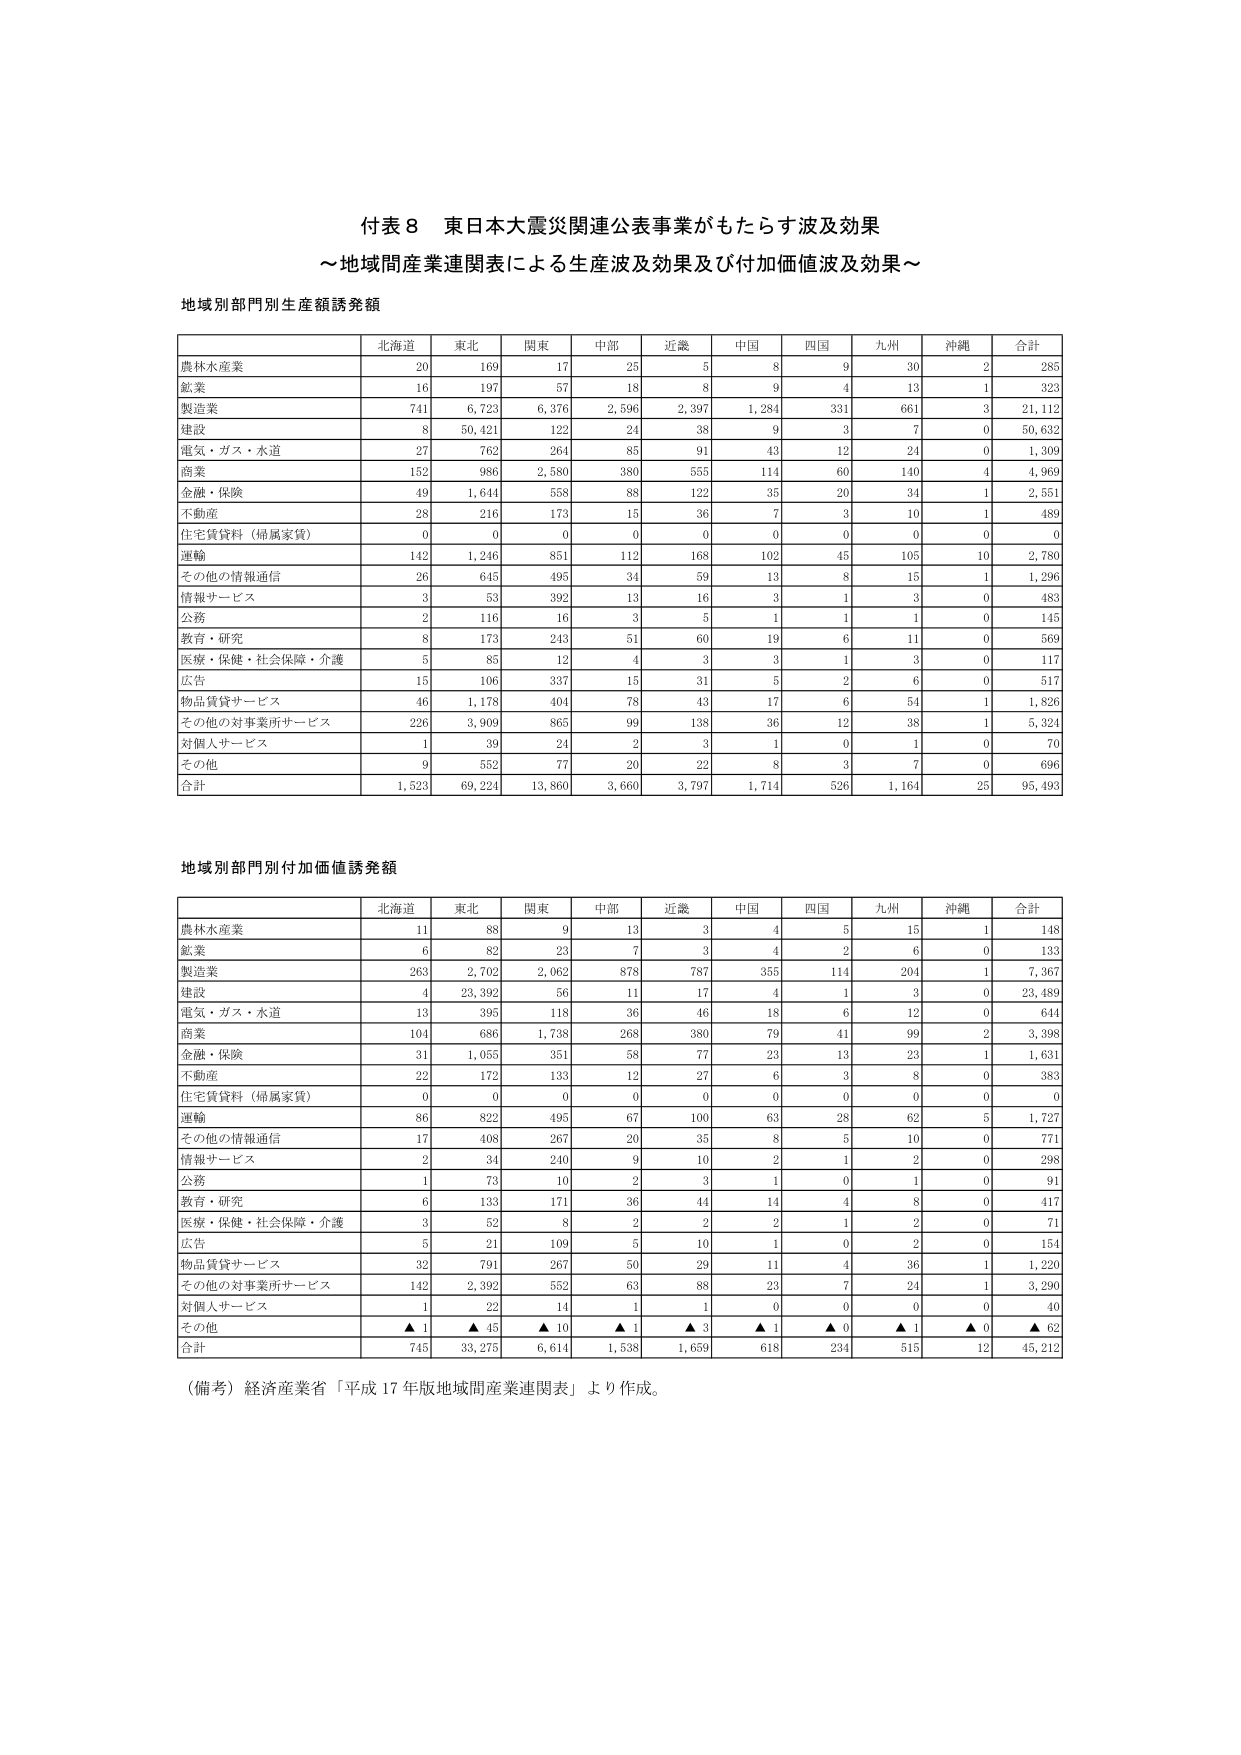
付表８ 東日本大震災関連公表事業がもたらす波及効果
～地域間産業連関表による生産波及効果及び付加価値波及効果～

地域別部門別生産額誘発額

| | 北海道 | 東北 | 関東 | 中部 | 近畿 | 中国 | 四国 | 九州 | 沖縄 | 合計 |
|---|---|---|---|---|---|---|---|---|---|---|
| 農林水産業 | 20 | 169 | 17 | 25 | 5 | 8 | 9 | 30 | 2 | 285 |
| 鉱業 | 16 | 197 | 57 | 18 | 8 | 9 | 4 | 13 | 1 | 323 |
| 製造業 | 741 | 6,723 | 6,376 | 2,596 | 2,397 | 1,284 | 331 | 661 | 3 | 21,112 |
| 建設 | 8 | 50,421 | 122 | 24 | 38 | 9 | 3 | 7 | 0 | 50,632 |
| 電気・ガス・水道 | 27 | 762 | 264 | 85 | 91 | 43 | 12 | 24 | 0 | 1,309 |
| 商業 | 152 | 986 | 2,580 | 380 | 555 | 114 | 60 | 140 | 4 | 4,969 |
| 金融・保険 | 49 | 1,644 | 558 | 88 | 122 | 35 | 20 | 34 | 1 | 2,551 |
| 不動産 | 28 | 216 | 173 | 15 | 36 | 7 | 3 | 10 | 1 | 489 |
| 住宅賃貸料（帰属家賃） | 0 | 0 | 0 | 0 | 0 | 0 | 0 | 0 | 0 | 0 |
| 運輸 | 142 | 1,246 | 851 | 112 | 168 | 102 | 45 | 105 | 10 | 2,780 |
| その他の情報通信 | 26 | 645 | 495 | 34 | 59 | 13 | 8 | 15 | 1 | 1,296 |
| 情報サービス | 3 | 53 | 392 | 13 | 16 | 3 | 1 | 3 | 0 | 483 |
| 公務 | 2 | 116 | 16 | 3 | 5 | 1 | 1 | 1 | 0 | 145 |
| 教育・研究 | 8 | 173 | 243 | 51 | 60 | 19 | 6 | 11 | 0 | 569 |
| 医療・保健・社会保障・介護 | 5 | 85 | 12 | 4 | 3 | 3 | 1 | 3 | 0 | 117 |
| 広告 | 15 | 106 | 337 | 15 | 31 | 5 | 2 | 6 | 0 | 517 |
| 物品賃貸サービス | 46 | 1,178 | 404 | 78 | 43 | 17 | 6 | 54 | 1 | 1,826 |
| その他の対事業所サービス | 226 | 3,909 | 865 | 99 | 138 | 36 | 12 | 38 | 1 | 5,324 |
| 対個人サービス | 1 | 39 | 24 | 2 | 3 | 1 | 0 | 1 | 0 | 70 |
| その他 | 9 | 552 | 77 | 20 | 22 | 8 | 3 | 7 | 0 | 696 |
| 合計 | 1,523 | 69,224 | 13,860 | 3,660 | 3,797 | 1,714 | 526 | 1,164 | 25 | 95,493 |

地域別部門別付加価値誘発額

| | 北海道 | 東北 | 関東 | 中部 | 近畿 | 中国 | 四国 | 九州 | 沖縄 | 合計 |
|---|---|---|---|---|---|---|---|---|---|---|
| 農林水産業 | 11 | 88 | 9 | 13 | 3 | 4 | 5 | 15 | 1 | 148 |
| 鉱業 | 6 | 82 | 23 | 7 | 3 | 4 | 2 | 6 | 0 | 133 |
| 製造業 | 263 | 2,702 | 2,062 | 878 | 787 | 355 | 114 | 204 | 1 | 7,367 |
| 建設 | 4 | 23,392 | 56 | 11 | 17 | 4 | 1 | 3 | 0 | 23,489 |
| 電気・ガス・水道 | 13 | 395 | 118 | 36 | 46 | 18 | 6 | 12 | 0 | 644 |
| 商業 | 104 | 686 | 1,738 | 268 | 380 | 79 | 41 | 99 | 2 | 3,398 |
| 金融・保険 | 31 | 1,055 | 351 | 58 | 77 | 23 | 13 | 23 | 1 | 1,631 |
| 不動産 | 22 | 172 | 133 | 12 | 27 | 6 | 3 | 8 | 0 | 383 |
| 住宅賃貸料（帰属家賃） | 0 | 0 | 0 | 0 | 0 | 0 | 0 | 0 | 0 | 0 |
| 運輸 | 86 | 822 | 495 | 67 | 100 | 63 | 28 | 62 | 5 | 1,727 |
| その他の情報通信 | 17 | 408 | 267 | 20 | 35 | 8 | 5 | 10 | 0 | 771 |
| 情報サービス | 2 | 34 | 240 | 9 | 10 | 2 | 1 | 2 | 0 | 298 |
| 公務 | 1 | 73 | 10 | 2 | 3 | 1 | 0 | 1 | 0 | 91 |
| 教育・研究 | 6 | 133 | 171 | 36 | 44 | 14 | 4 | 8 | 0 | 417 |
| 医療・保健・社会保障・介護 | 3 | 52 | 8 | 2 | 2 | 2 | 1 | 2 | 0 | 71 |
| 広告 | 5 | 21 | 109 | 5 | 10 | 1 | 0 | 2 | 0 | 154 |
| 物品賃貸サービス | 32 | 791 | 267 | 50 | 29 | 11 | 4 | 36 | 1 | 1,220 |
| その他の対事業所サービス | 142 | 2,392 | 552 | 63 | 88 | 23 | 7 | 24 | 1 | 3,290 |
| 対個人サービス | 1 | 22 | 14 | 1 | 1 | 0 | 0 | 0 | 0 | 40 |
| その他 | ▲1 | ▲45 | ▲10 | ▲1 | ▲3 | ▲1 | ▲0 | ▲1 | ▲0 | ▲62 |
| 合計 | 745 | 33,275 | 6,614 | 1,538 | 1,659 | 618 | 234 | 515 | 12 | 45,212 |

（備考）経済産業省「平成17年版地域間産業連関表」より作成。